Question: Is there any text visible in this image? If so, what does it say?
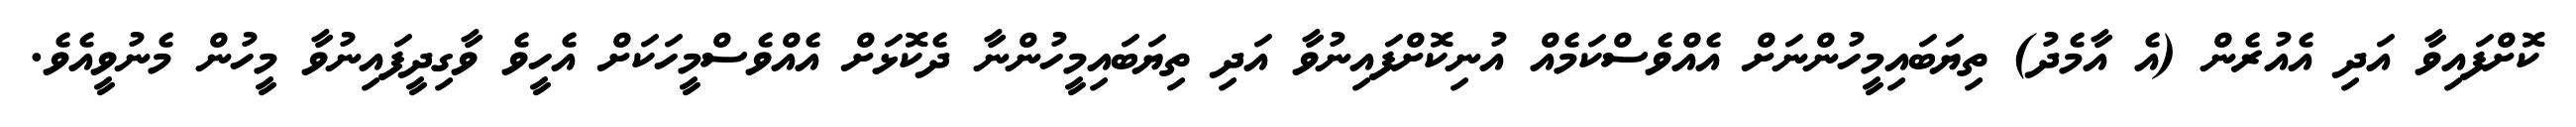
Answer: ކޮށްފައިވާ އަދި އެއުރެން (އެ އާމެދު) ތިޔަބައިމީހުންނަށް އެއްވެސްކަމެއް އުނިކޮށްފައިނުވާ އަދި ތިޔަބައިމީހުންނާ ދެކޮޅަށް އެއްވެސްމީހަކަށް އެހީވެ ވާގިދީފައިނުވާ މީހުން މެނުވީއެވެ.